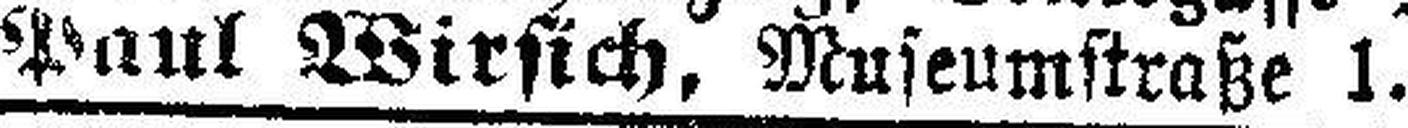
Paul Wirsich, Museumstraße 1.